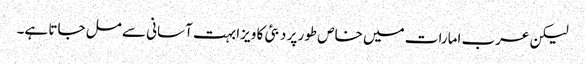
لیکن عرب امارات میں خاص طور پر دبئی کا ویزا بہت آسانی سے مل جاتا ہے۔